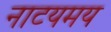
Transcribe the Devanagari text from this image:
नाटयमय